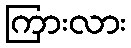
ကြားလား